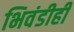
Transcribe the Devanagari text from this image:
भिवंडीही